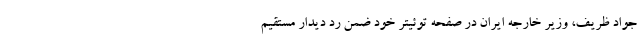
جواد ظریف، وزیر خارجه ایران در صفحه توئیتر خود ضمن رد دیدار مستقیم